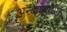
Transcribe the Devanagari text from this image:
अन्वेषणाधीन